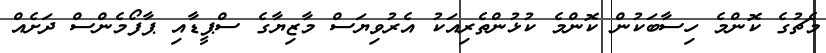
މެޗުގެ ކޮންމެ ހިސާބަކުން ކޮންމެ ކުޅުންތެރިއަކު އެރުވިޔަސް މާޒިޔާގެ ސްޕީޑާއި ޕާފޯމެންސް ދަށެއް